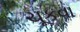
ચૂકવા